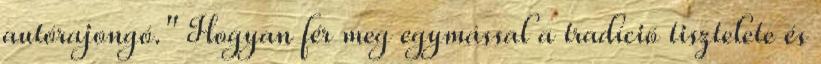
autórajongó." Hogyan fér meg egymással a tradíció tisztelete és